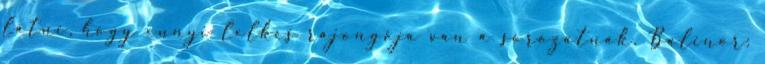
látni, hogy ennyi lelkes rajongója van a sorozatnak. Balinor: